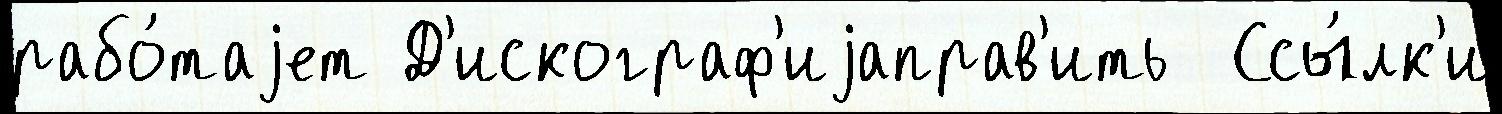
рабо́таjет Д'искограф'иjаправ'ить  Ссы́лк'и